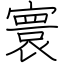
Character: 寰